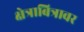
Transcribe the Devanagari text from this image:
क्षेत्राबित्रावर